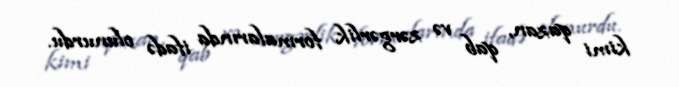
kimi qazan, qab və zərgərlik formalarında ifadə olunurdu.